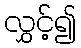
လွှင့်၍